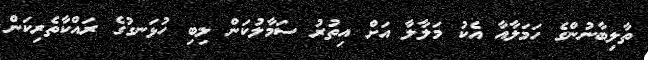
ތާލިބާނުންގެ ހަމަލާއާ އެކު މަލާލާ އަށް އިތުރު ސަމާލުކަން ލިބި ހުޅަނގުގެ ރައްކާތެރިކަން